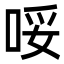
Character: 哸